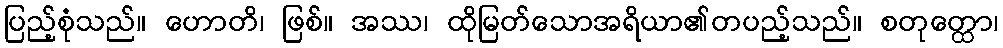
ပြည့်စုံသည်။ ဟောတိ၊ ဖြစ်။ အဿ၊ ထိုမြတ်သောအရိယာ၏တပည့်သည်။ စတုတ္ထော၊